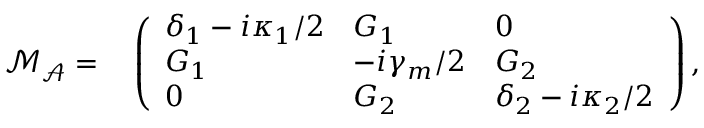
\begin{array} { r l } { \mathcal { M _ { A } } = } & { { } \left( \begin{array} { l l l } { \delta _ { 1 } - i \kappa _ { 1 } / 2 } & { G _ { 1 } } & { 0 } \\ { G _ { 1 } } & { - i \gamma _ { m } / 2 } & { G _ { 2 } } \\ { 0 } & { G _ { 2 } } & { \delta _ { 2 } - i \kappa _ { 2 } / 2 } \end{array} \right) , } \end{array}